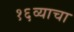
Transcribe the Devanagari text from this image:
१६व्याचा